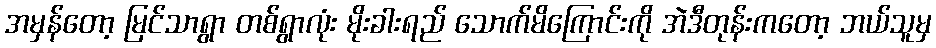
အမှန်တော့ မြင်သာရွာ တစ်ရွာလုံး မိုးခါးရည် သောက်မိကြောင်းကို အဲဒီတုန်းကတော့ ဘယ်သူမှ